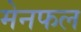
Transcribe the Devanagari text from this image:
मेनफल